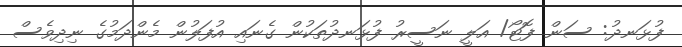
ފުޅަނދު: ސަން ފޮޓޯ/ އަލީ ނަސީރު ފުޅަނދުތަކުން ގެނައި އުފަލުން މެންދަމުގެ ނިދިވެސް